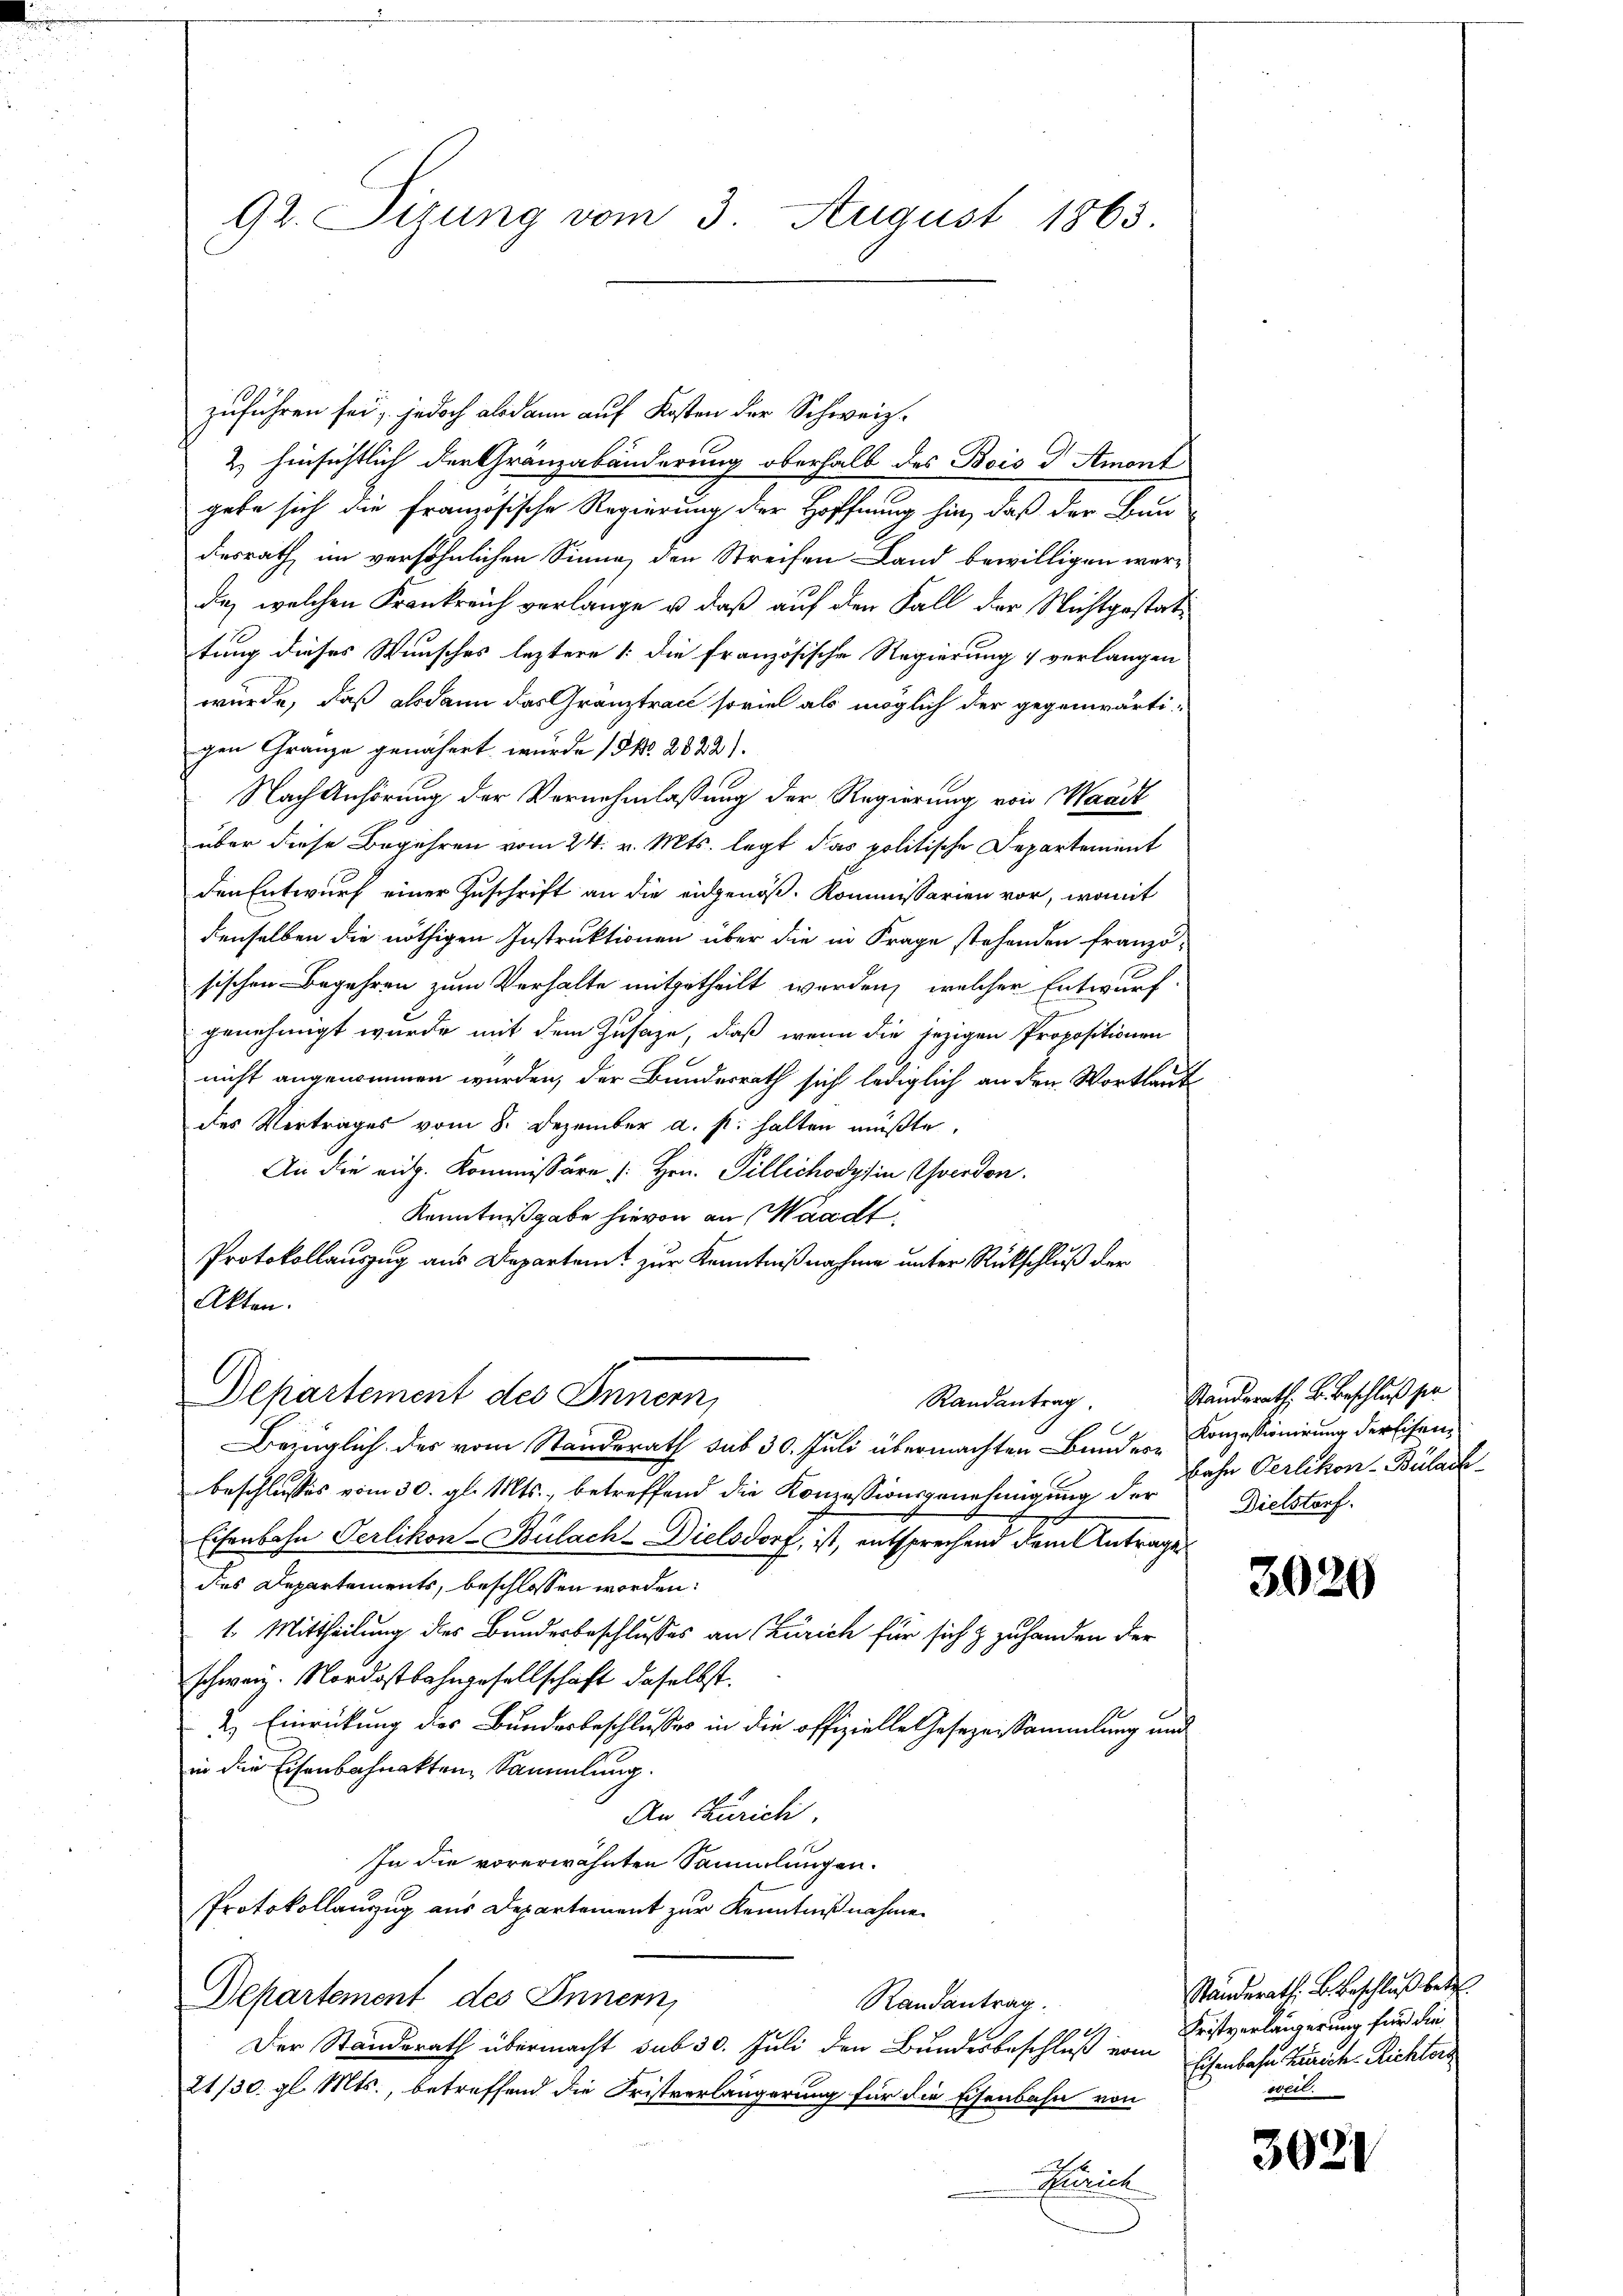
92. Tizung vom 3. August 1863

zuführen sei, jedoch alsdann auf Kosten der Schweiz.
2 hinsichtlich der Gränzabänderung oberhalb des Bois d Ament
gabe sich die französische Regierung der Hoffnung hin, daß der Fun
desrath im versöhnlichen Sinne, den Streifen Land bewilligen werde, welchen Frankreich verlange u. daß auf den Fall der Nichtgestattung dieses Wunsches leztere : die französische Regierung & verlangen
wurde, daß alsdann das Granztrach soviel als möglich der gegenwärti-
gen Granze genähert wurde (Nr. 2822).
Nach Anhörung der Vernehmlassung der Regierung von Waadt
über diese Begehren vom 24. v. Mts. legt das politische Departement
den Entwurf einer Zuschrift an die eidgenöß. Kommissarien vor, womit
denselben die nöthigen Instruktionen über die in Frage stehenden franzö-
sischen Begehren zum Verhalte mitgetheilt werden, welcher Entwurf.
genehmigt wurde mit dem Zusage, daß wenn die jezigen Propositionen
nicht angenommen wurden, der Bundesrath sich lediglich an den Wortlaut
des Vertrages vom 8. Dezember a. p. halten müßte,
An die eidg. Kommissäre [Hrn. Pillichodys in verdon.
Kenntnißgabe hievon an Waadt,
Protokollauszug aus Departamt zur Kenntnißnahme unter Rückschluß der
Akten.
Departement des Innern,
Randantrag
Bezüglich des vom Standerath sub 30. Juli übermachten Bunder- Konzessionirung der Eisenbeschlusses vom 30. gl. Mts., betreffend die Konzessionsgenehmigung der
Eisenbahn Oerlikon-Bülach-Dielsdorf, ist, entsprechend dem Antrage
des Departements, beschlossen worden:
1. Mittheilung des Bundesbeschlusses an Zürich für sich & zuhanden der
schweiz. Nordostbahngesellschaft daselbst.
2. Einrückung des Bundesbeschlusses in die offizielle Gesezessammlung und
in die Eisenbahnakten Sammlung.
An Zürich
In die vorerwähnten Sammlungen.
Protokollauzug aus Departement zur Kenntnißnahme.
Departement des Innern,
Randantrag.
.
Der Standerath übermacht sub 30. Juli den Bundesbeschluß vom
21/30. gl. Mts., betreffend die Fristverlängerung für die Eisenbahn von
Paniil

Standsrath, B. Beschluß sie
bahn Oerlikon-Bülach
Dielstorf.

3020

Ständerath. B. Beschluß betr.
Fristverlängerung für die
Eisenbahn Zürich-Richters
weil.

3021